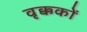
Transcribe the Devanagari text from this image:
वृक्ककों